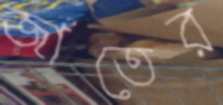
জাতের